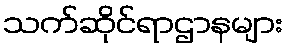
သက်ဆိုင်ရာဌာနများ